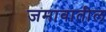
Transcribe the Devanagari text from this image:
जमावातील